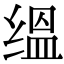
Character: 缊